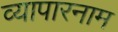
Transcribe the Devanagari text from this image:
व्यापारनाम